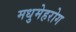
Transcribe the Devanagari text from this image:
मधुमेहरोग